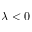
\lambda < 0